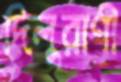
দিলুরাণী